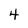
Character: 4